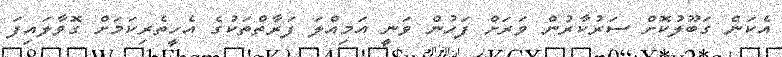
އެކަން ގަބޫލުކޮށް ސަރުކާރުން ވަރަށް ފަހުން ވަނީ އަމިއްލަ ފަރާތްތަކުގެ އެހީތެރިކަމަށް ގޮވާލައިފަ